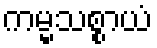
ကမ္မသစ္စာယံ